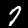
Digit: 7